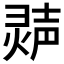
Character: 𬊽